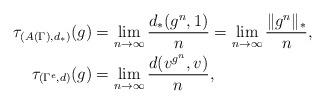
LaTeX: \begin{align*}\tau_{(A(\Gamma),d_*)}(g)&=\lim_{n\to\infty} \frac{d_*(g^n,1)}n=\lim_{n\to\infty} \frac{\|g^n\|_*}n,\\\tau_{(\Gamma^e,d)}(g)&=\lim_{n\to\infty} \frac{d(v^{g^n},v)}n,\end{align*}